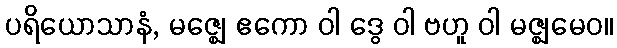
ပရိယောသာနံ, မဇ္ဈေ ဧကော ဝါ ဒွေ ဝါ ဗဟူ ဝါ မဇ္ဈမေဝ။